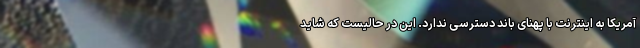
آمریکا به اینترنت با پهنای باند دسترسی ندارد. این در حالیست که شاید